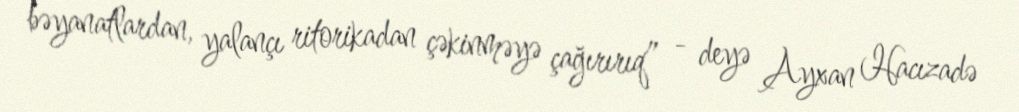
bəyanatlardan, yalançı ritorikadan çəkinməyə çağırırıq” - deyə Ayxan Hacızadə